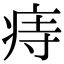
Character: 痔